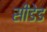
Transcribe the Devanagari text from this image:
सीडेड